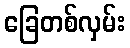
ခြေတစ်လှမ်း